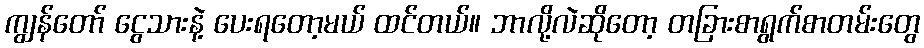
ကျွန်တော် ငွေသားနဲ့ ပေးရတော့မယ် ထင်တယ်။ ဘာလို့လဲဆိုတော့ တခြားစာရွက်စာတမ်းတွေ